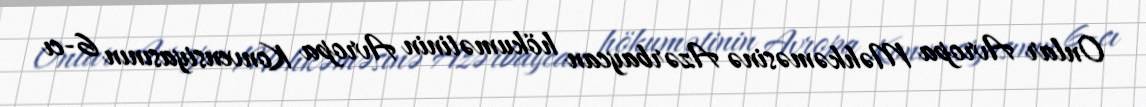
Onlar Avropa Məhkəməsinə Azərbaycan hökumətinin Avropa Konvensiyasının 6-cı